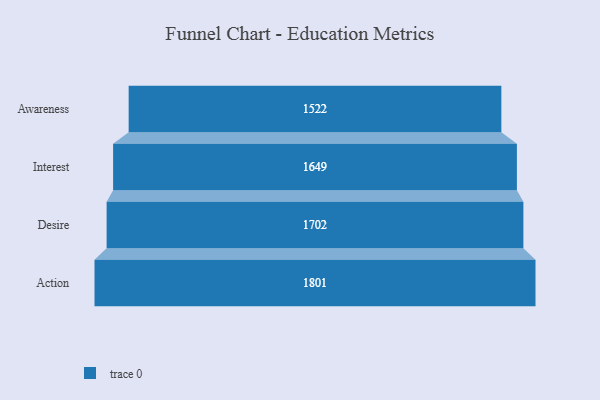
{"axis": {"x": "Stage", "y": "Value"}, "legend": [""], "data": [{"x": "Awareness", "y": 1522.0, "type": ""}, {"x": "Interest", "y": 1649.0, "type": ""}, {"x": "Desire", "y": 1702.0, "type": ""}, {"x": "Action", "y": 1801.0, "type": ""}]}